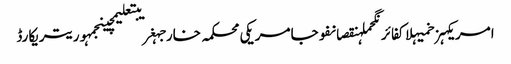
امریکہزخمیہلاکفائرنگحملہنقصانفوجامریکی محکمہ خارجہغریبتعلیمچینجمہوریتریکارڈ